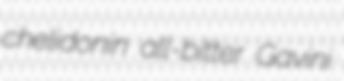
chelidonin all-bitter Gavini